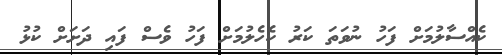
ކެއްސާލުމަށް ފަހު ނުވަތަ ކަރު ކެހެލުމަށް ފަހު ވެސް ފައި ދަށަށް ކުޅު